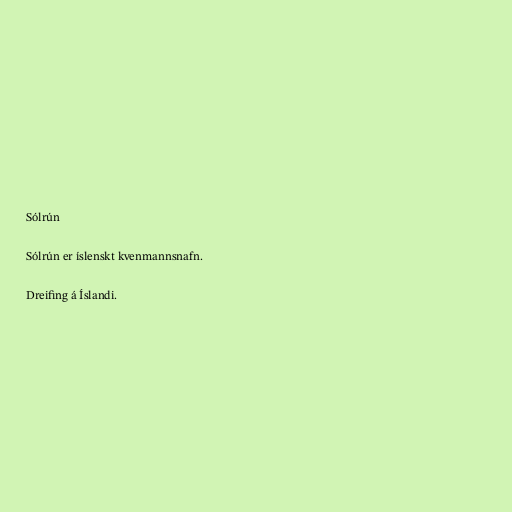
Sólrún

Sólrún er íslenskt kvenmannsnafn.

Dreifing á Íslandi.